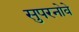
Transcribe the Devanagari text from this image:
सुपरनोवे